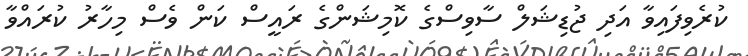
ކުރެވިފައިވާ އަދި ޖުޑިޝަލް ސާވިސްގެ ކޮމިޝަންގެ ރައީސް ކަން ވެސް މިހާރު ކުރައްވާ